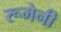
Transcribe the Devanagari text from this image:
रूमेनी